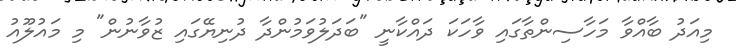
މިއަދު ބާއްވާ މަހާސިންތާގައި ވާހަކަ ދައްކާނީ "ބަދަލުވަމުންދާ ދުނިޔޭގައި ޒުވާނުން" މި މައުލޫއު